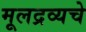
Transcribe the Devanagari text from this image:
मूलद्रव्यचे